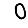
Digit: 0